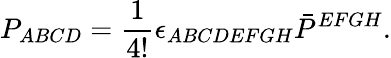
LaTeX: P_{ABCD}=\frac{1}{4!}\epsilon_{ABCDEFGH}\bar{P}^{EFGH}.